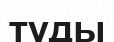
туды